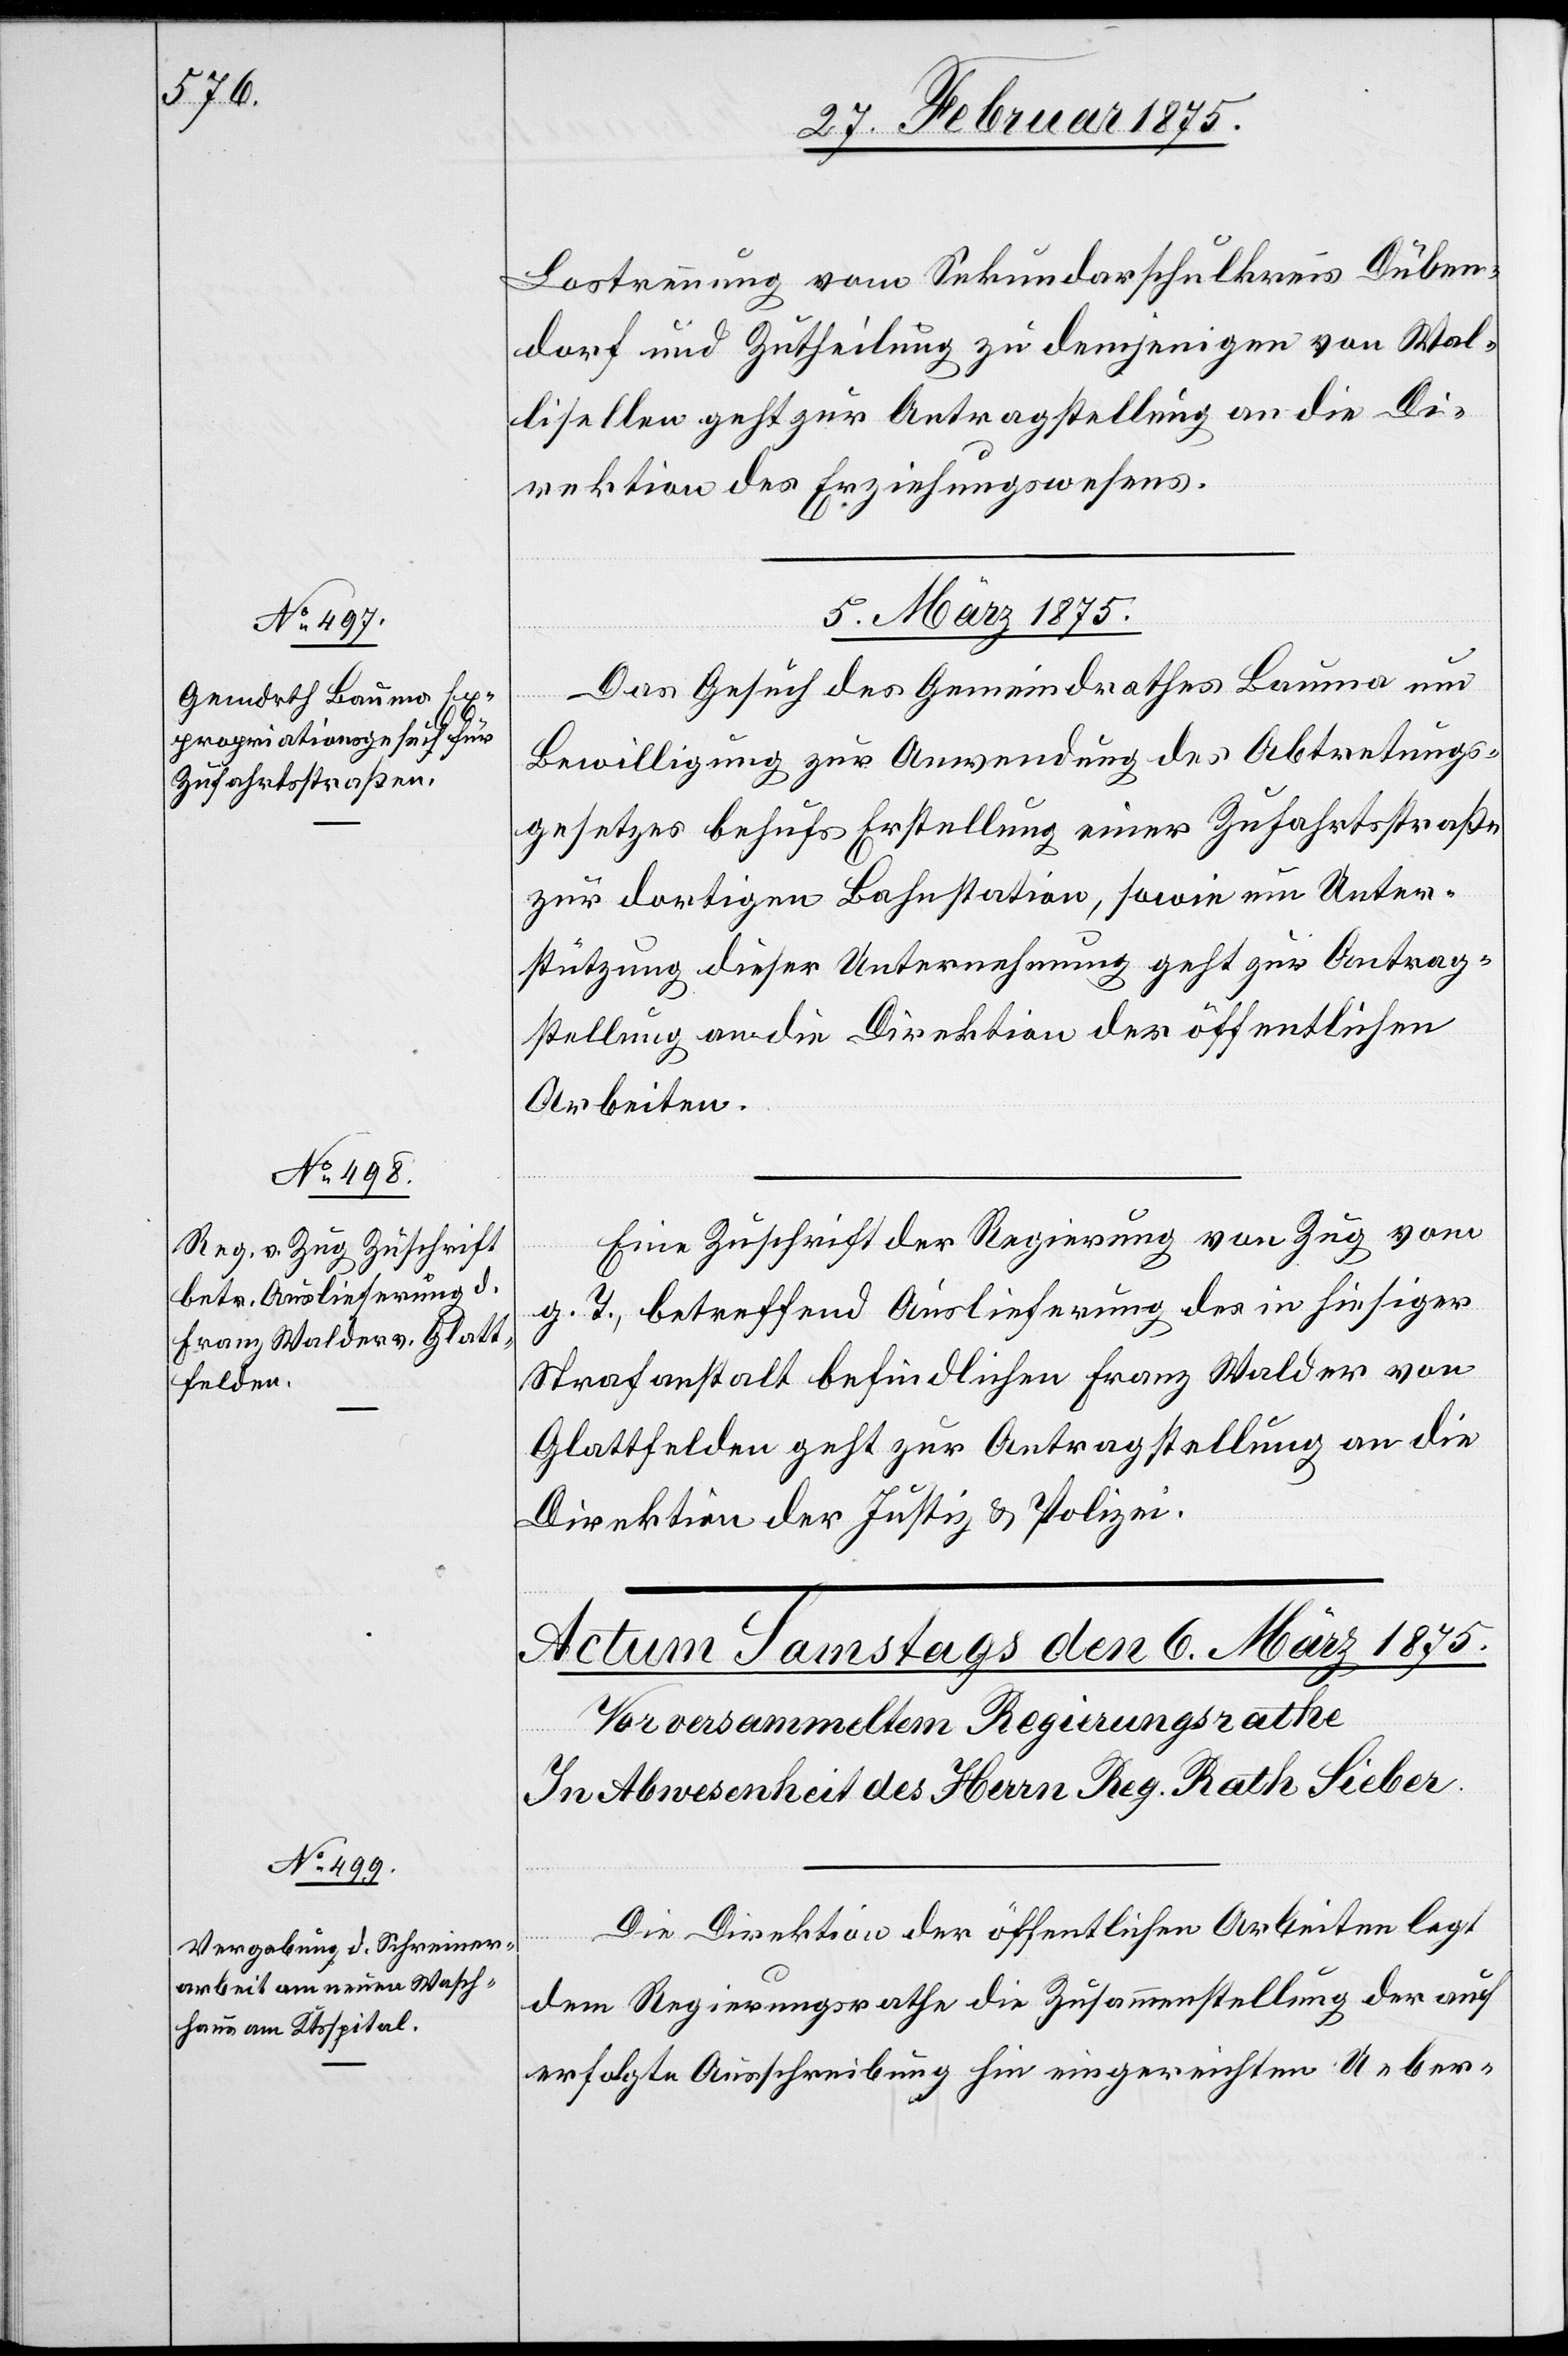
Lostrennung vom Sekundarschulkreis Düben¬
dorf und Zutheilung zu demjenigen von Wal¬
lisellen geht zur Antragstellung an die Di¬
rektion des Erziehungswesens.
5. März 1875.]
Das Gesuch des Gemeindrathes Bauma um
Bewilligung zur Anwendung des Abtretungs¬
gesetzes behufs Erstellung einer Zufahrtsstraße
zur dortigen Bahnstation, sowie um Unter¬
stützung dieser Unternehmung geht zur Antrag¬
stellung an die Direktion der öffentlichen
Arbeiten.
Eine Zuschrift der Regierung von Zug vom
g. T., betreffend Auslieferung des in hiesiger
Strafanstalt befindlichen Franz Walder von
Glattfelden geht zur Antragstellung an die
Direktion der Justiz & Polizei.
Die Direktion der öffentlichen Arbeiten legt
dem Regierungsrathe die Zusammenstellung der auf
erfolgte Ausschreibung hin eingereichten Ueber-